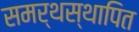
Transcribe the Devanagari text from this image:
समर्थस्थापित